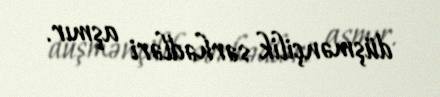
düşmənçilik sərhədləri aşmır.